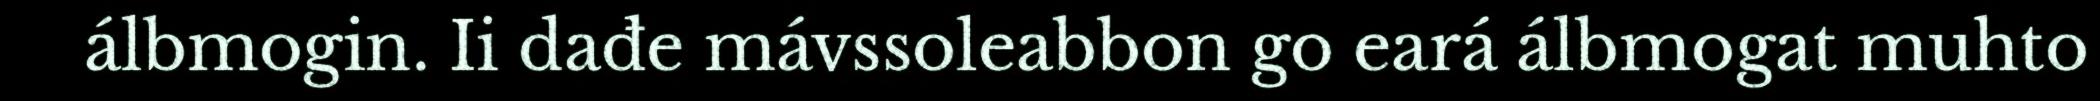
álbmogin. Ii dađe mávssoleabbon go eará álbmogat muhto